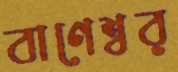
বাণেশ্বর